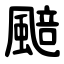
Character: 䬏